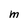
Character: M